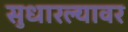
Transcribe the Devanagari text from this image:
सुधारल्यावर